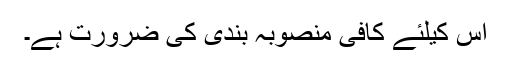
اس کیلئے کافی منصوبہ بندی کی ضرورت ہے۔